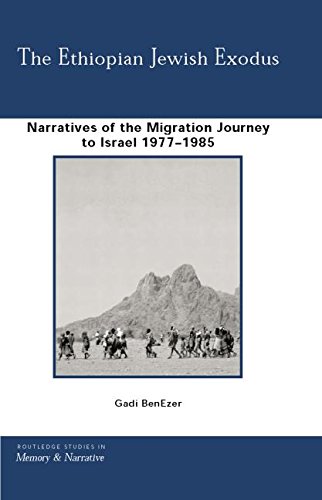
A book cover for The Ethiopian Jewish Exodus: Narratives of the Journey; Gadi BenEzer; History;